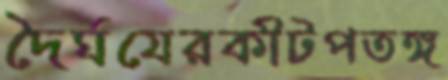
দৈর্ঘযেরকীটপতঙ্গ